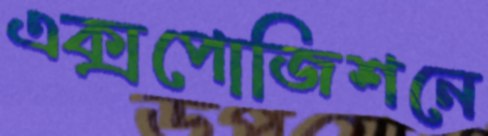
এক্সপোজিশনে